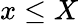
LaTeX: x\le X